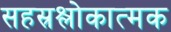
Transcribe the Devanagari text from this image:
सहस्रश्लोकात्मक